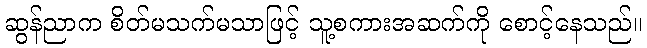
ဆွန်ညာက စိတ်မသက်မသာဖြင့် သူ့စကားအဆက်ကို စောင့်နေသည်။